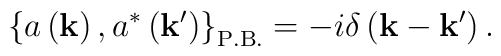
\left\{a\left({\bf k}\right),a^{\ast}\left({\bf k'}\right)\right\}_{\rm P.B.}=-i\delta\left({\bf k}-{\bf k'}\right).